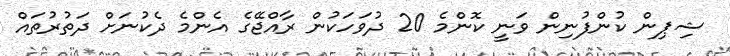
ޝިޕިން ކުންފުނިން ވަނީ ކޮންމެ 20 ދުވަހަކުން ރާއްޖޭގެ އެންމެ ދެކުނަށް ދަތުރުތައް